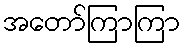
အတော်ကြာကြာ